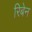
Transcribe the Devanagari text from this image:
रिबेन